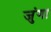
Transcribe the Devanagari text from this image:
जुंगा